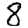
Digit: 8